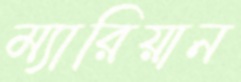
ম্যারিয়ান